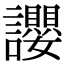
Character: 𧮆